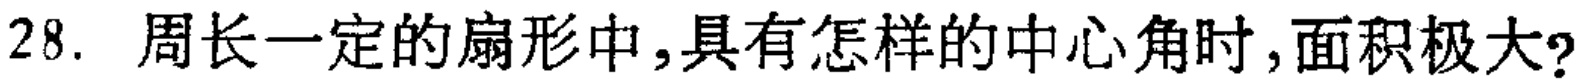
28. 周长一定的扇形中，具有怎样的中心角时，面积极大？